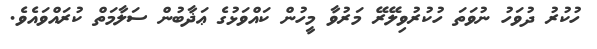
ހުކުރު ދުވަހު ނުވަތަ ހުކުރުވިލޭރޭ މަރުވާ މީހުން ކައްވަޅުގެ ޢަޛާބުން ސަލާމަތް ކުރައްވައެވެ.